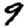
Digit: 9